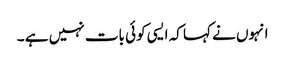
انہوں نے کہا کہ ایسی کوئی بات نہیں ہے ۔